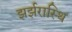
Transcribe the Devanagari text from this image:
झर्झरास्थि